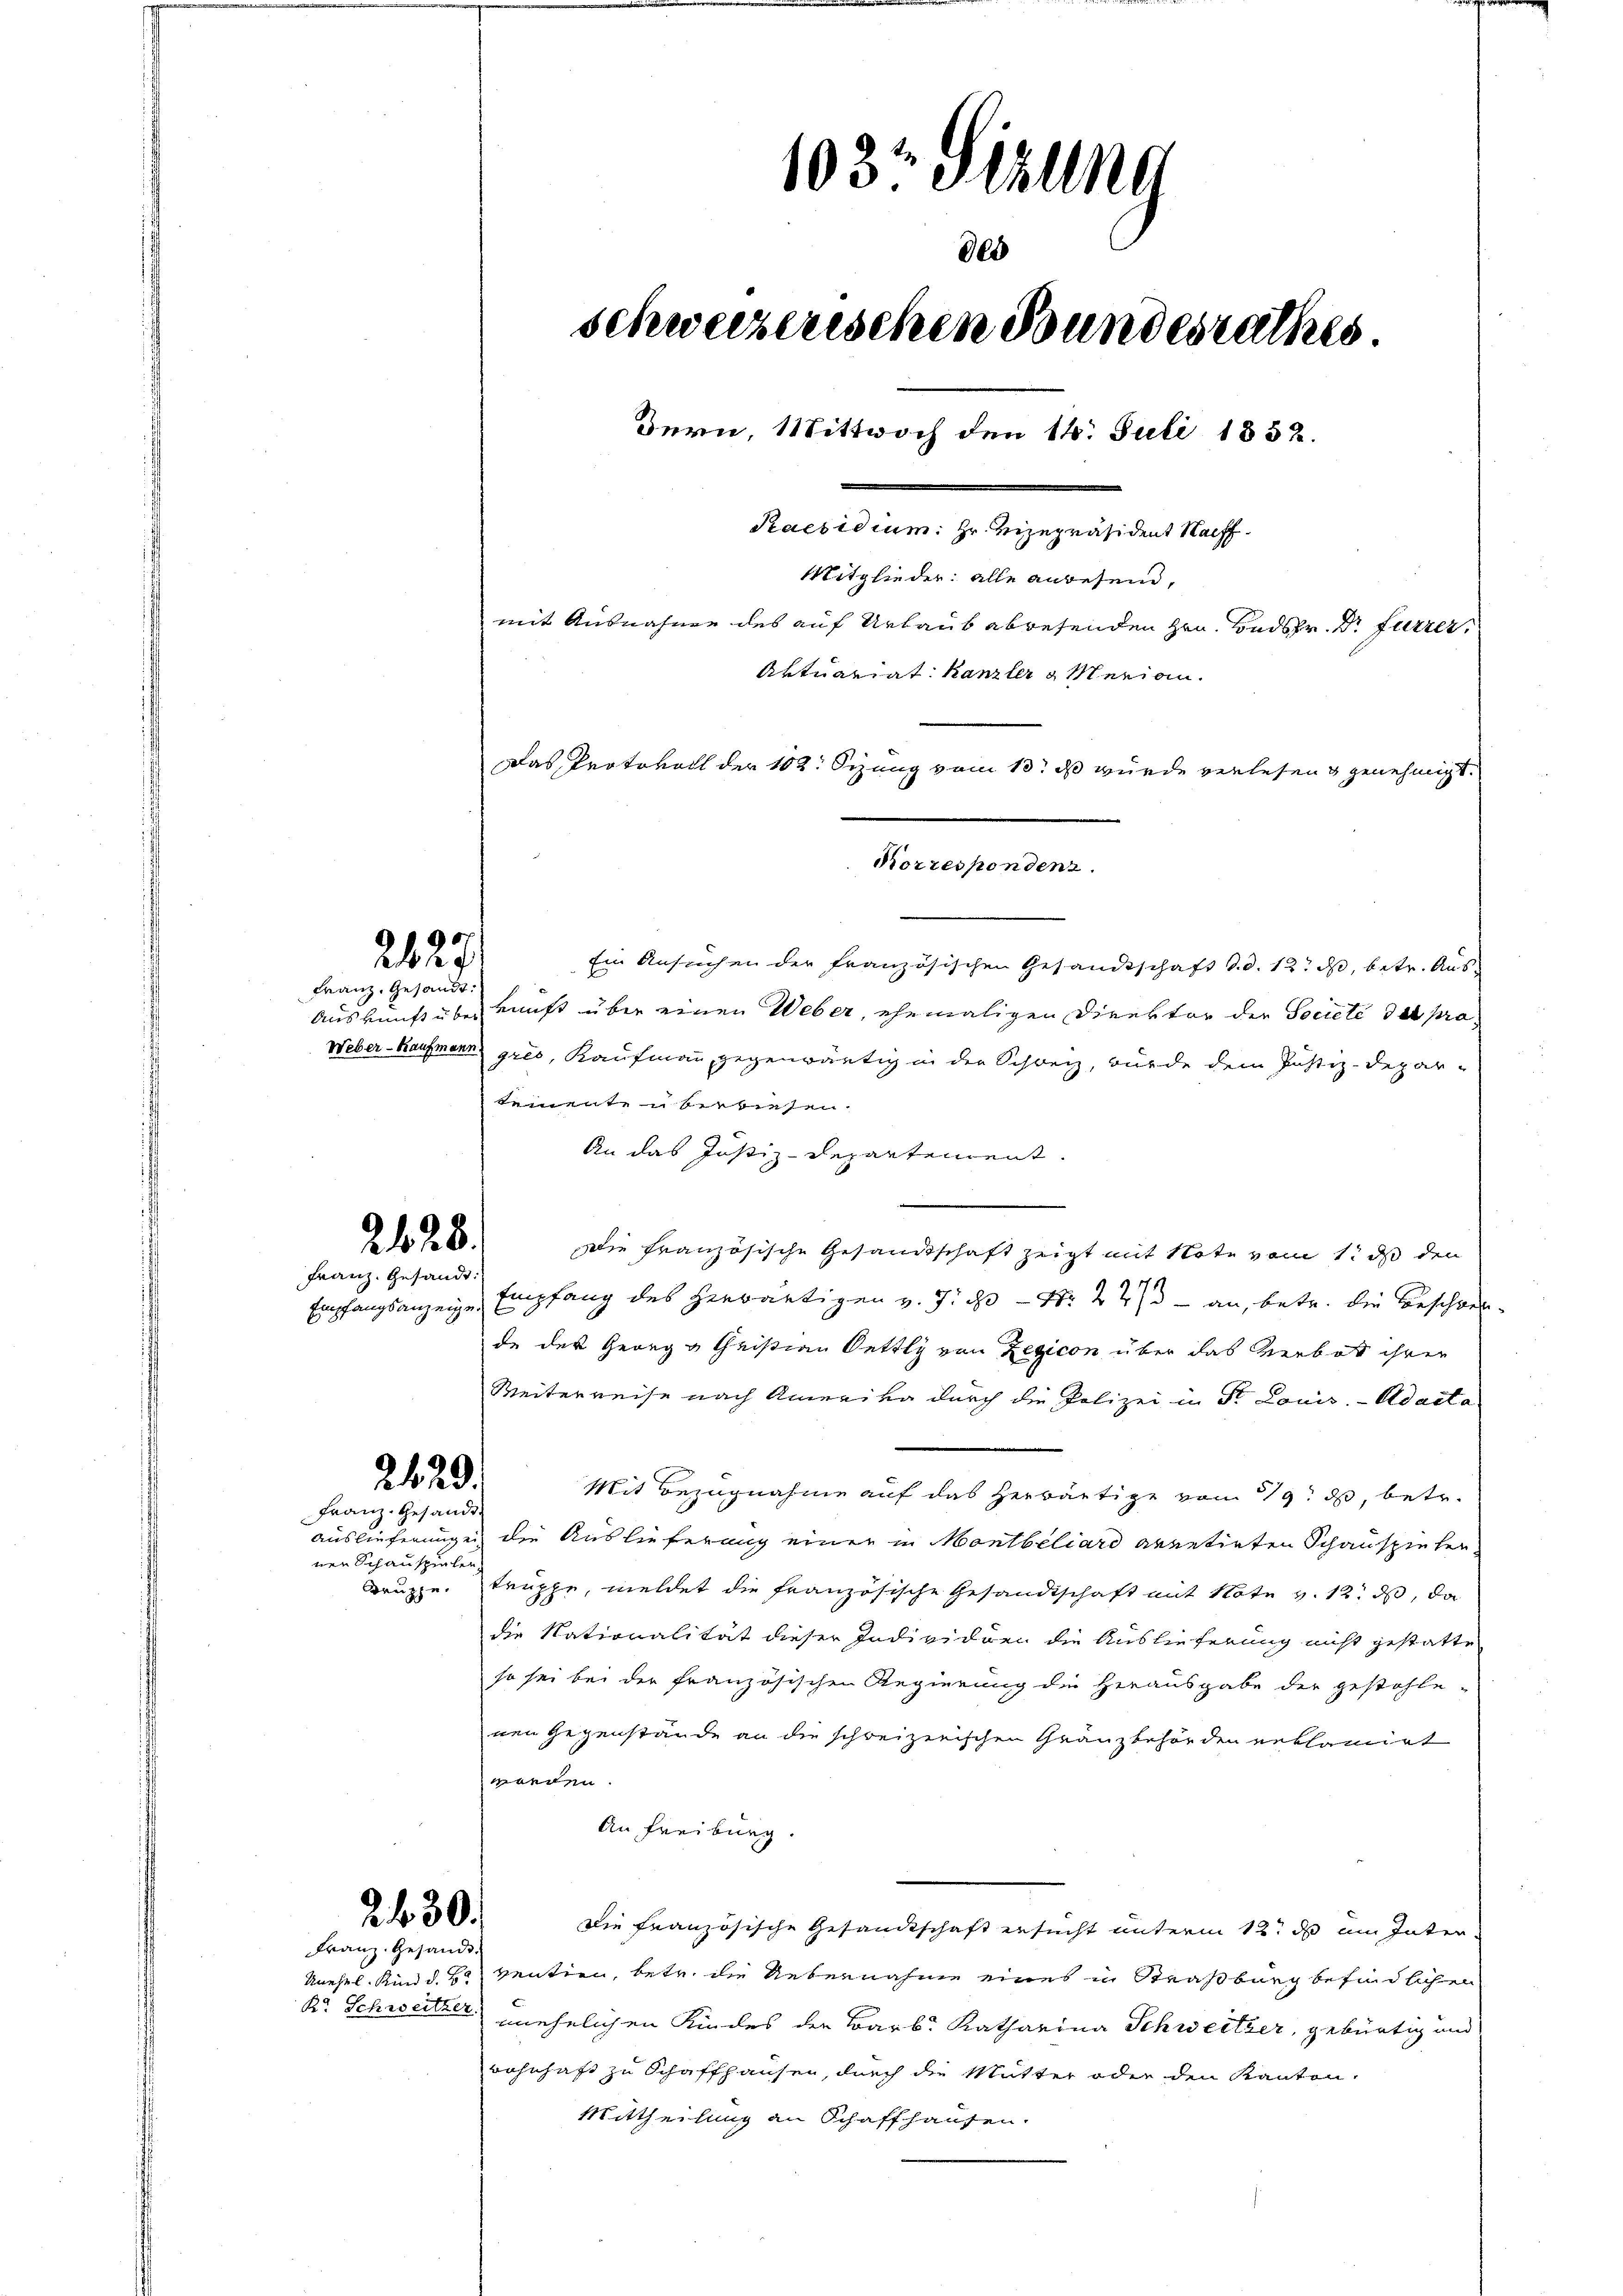
2827

Franz, Gesandt.

228.

Franz. Gesandt.

2420.
Franz- Gesandt-

nen Schauspielen

2 f 30.

Franz Gesandt.
Br. Schweitzer.

Korrespondenz.

103t Sitzung
800
schweizerischen Bundesrathes
Bern, Mittwoch den 14. Juli 1852.
Paesidium. Hr. Vizepräsident Raff
Mitglieder: alle anwesend,
mit Ausnahme des auf Urlaub abwesenden Hrn. Badshr. Dr Furrer,
Aktuariat Kanzler & Merian.
Das Protokoll der 102. Sizung vom 13. ds wurde verlesen genehmigt.

Ein Ansuchen der französischen Gesandtschaft d.d. 12. ds, betr. Aus¬
Auskunft über Kunst über einen Weber, ehemaligen Direktor der Societé des pra¬
Weber-Kaufmann gres, Kaufmann gegenwärtig in der Schweiz, wurde dem Justiz-Deparkementen berwiesen.
An das Justiz-Departement.
Die französische Gesandtschaft zeigt mit Note vom 1t ds den
Empfangsanzeige Empfang des herwärtigen v. J. ds Nr. 227 - an, betr. die Beschwerde der Georg u Christian Oettly von Zegicon über das Verbot ihrer
Weiterreise nach Amerika durch die Polizei in Dr. Louis.- Adacta
Mit Bezugnahme auf das herwärtige vom 19. d, betr.
Auslieferungen die Auslieferung einer in Montbiliard arretirten Schauspielen
Bruppe. Truppe, meldet die französische Gesandtschaft mit Note v. 12. ds, da
die Nationalität dieser Individuen die Auslieferung nicht gestatte
so sei bei der französischen Regierung die Herausgabe der gestohle-
nen Gegenstände an die schreizerischen Gränzbehörden erklamirt
worden.
An Freiburg.
Die Französische Gesandtschaft ersucht unterm 12. ds im Inter
Unehel. Kind d. B. ventien, betr. die Uebernahme eines in Straßburg befindlichen
unehelichen Kindes der Barb. Katharina Schweitzer, gebürtig und
wohnhaft zu Schaffhausen, durch die Mutter oder den Kanton
Mittheilung an Schaffhausen.